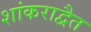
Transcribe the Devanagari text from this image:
शांकराद्वैत